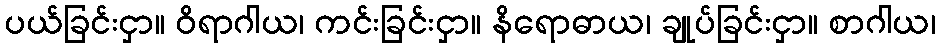
ပယ်ခြင်းငှာ။ ဝိရာဂါယ၊ ကင်းခြင်းငှာ။ နိရောဓာယ၊ ချုပ်ခြင်းငှာ။ စာဂါယ၊